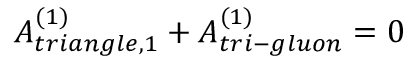
{ \cal A } _ { t r i a n g l e , 1 } ^ { ( 1 ) } + { \cal A } _ { t r i - g l u o n } ^ { ( 1 ) } = 0